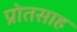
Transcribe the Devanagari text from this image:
प्रोतसाह